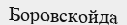
Боровскойда